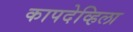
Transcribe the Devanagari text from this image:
कापदेव्हिला